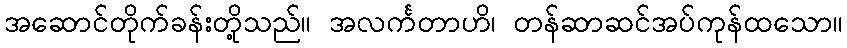
အဆောင်တိုက်ခန်းတို့သည်။ အလင်္ကတာဟိ၊ တန်ဆာဆင်အပ်ကုန်ထသော။